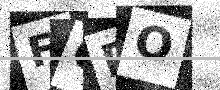
Text: FQPO